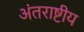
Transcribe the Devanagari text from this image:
अंतराष्टीय